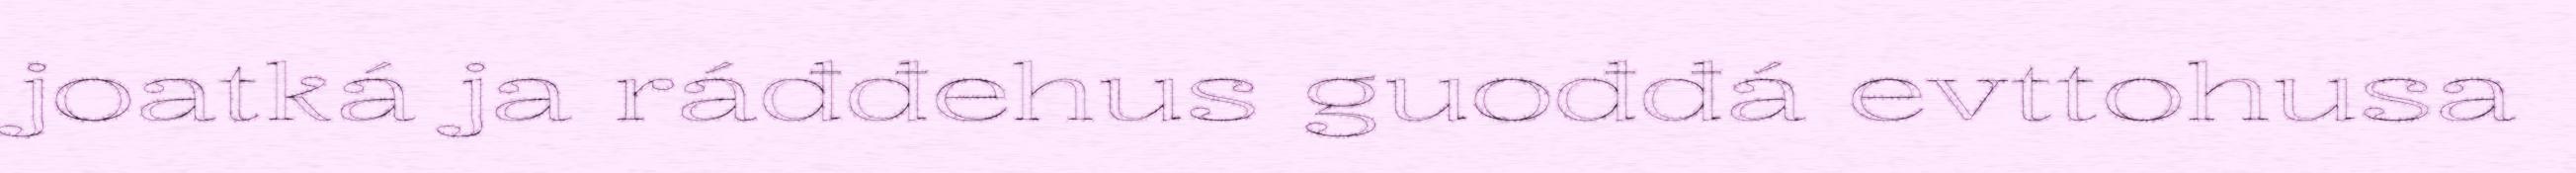
joatká ja ráđđehus guođđá evttohusa